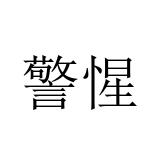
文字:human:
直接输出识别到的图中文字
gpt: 警惺